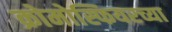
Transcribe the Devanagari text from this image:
क्रोमोस्फियरच्या